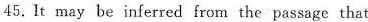
45.It may be inferred from the passage that